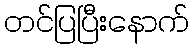
တင်ပြပြီးနောက်